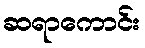
ဆရာကောင်း